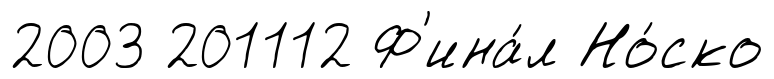
2003 201112 Ф'ина́л Но́ско